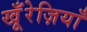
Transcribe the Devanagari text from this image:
खू़ँरेज़ियाँ